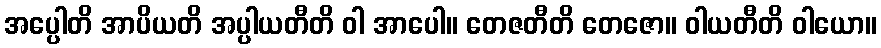
အပ္ပေါတိ အာပိယတိ အပ္ပါယတီတိ ဝါ အာပေါ။ တေဇတီတိ တေဇော။ ဝါယတီတိ ဝါယော။